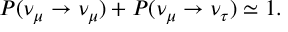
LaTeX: P ( \nu _ { \mu } \rightarrow \nu _ { \mu } ) + P ( \nu _ { \mu } \rightarrow \nu _ { \tau } ) \simeq 1 .